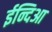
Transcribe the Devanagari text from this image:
ईन्दिआ